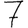
Digit: 7